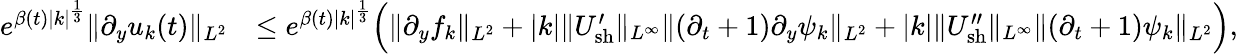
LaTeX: \begin{array}{rl}{e^{\beta(t)|k|^{\frac{1}{3}}}\| \partial_{y}u_{k}(t)\| _{L^{2}}}&{\leq e^{\beta(t)|k|^{\frac{1}{3}}}\Big(\| \partial_{y}f_{k}\| _{L^{2}}+|k|\| U_{\mathrm{sh}}^{\prime}\| _{L^{\infty}}\| (\partial_{t}+1)\partial_{y}\psi_{k}\| _{L^{2}}+|k|\| U_{\mathrm{sh}}^{\prime\prime}\| _{L^{\infty}}\| (\partial_{t}+1)\psi_{k}\| _{L^{2}}\Big),}\end{array}